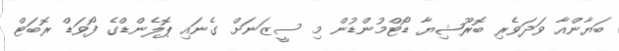
ބަޔާންއާ ވަދަވެރި ބޮރޫޝިޔާ ޑޯޓްމުންޑުން މި ސީޒަނަށް ގެނައި ޕޮލެންޑްގެ ފޯވަޑް ރޮބަޓް